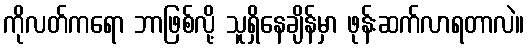
ကိုလတ်ကရော ဘာဖြစ်လို့ သူရှိနေချိန်မှာ ဖုန်းဆက်လာရတာလဲ။